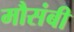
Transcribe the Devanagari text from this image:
मौसंबी